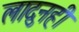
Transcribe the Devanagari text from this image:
लादुनही